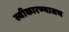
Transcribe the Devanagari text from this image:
स्वीकारण्यासच